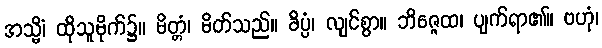
အသ္မိံ၊ ထိုသူမိုက်၌။ မိတ္တံ၊ မိတ်သည်။ ခိပ္ပံ၊ လျင်စွာ။ ဘိဇ္ဇေထ၊ ပျက်ရာ၏။ ဗဟုံ၊